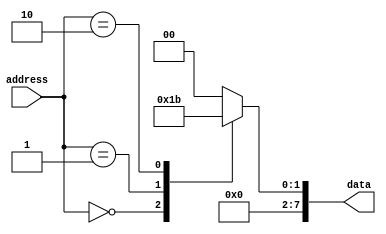
module MaskProgrammedROM(
    input [31:0] address,
    output reg [7:0] data
);

always @(*)
begin
    case(address)
        0: data = 8'b00000001;
        1: data = 8'b00000010;
        2: data = 8'b00000011;
        // Additional cases for more memory blocks
        default: data = 8'b00000000; // Default case if address does not match any specific block
    endcase
end

endmodule